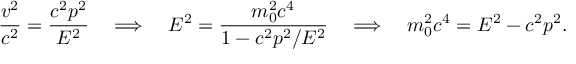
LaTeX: { \frac { v ^ { 2 } } { c ^ { 2 } } } = { \frac { c ^ { 2 } p ^ { 2 } } { E ^ { 2 } } } \quad \Longrightarrow \quad E ^ { 2 } = { \frac { m _ { 0 } ^ { 2 } c ^ { 4 } } { 1 - c ^ { 2 } p ^ { 2 } / E ^ { 2 } } } \quad \Longrightarrow \quad m _ { 0 } ^ { 2 } c ^ { 4 } = E ^ { 2 } - c ^ { 2 } p ^ { 2 } .